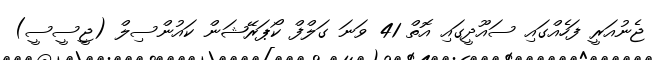
ޖެނުއަރީ ފަހެއްގައި ސައޫދީގައި އޮތް 41 ވަނަ ގަލްފް ކޯޕަރޭޝަން ކައުންސިލް (ޖީސީސީ)